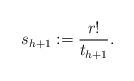
LaTeX: \begin{align*} s_{h+1}: = \frac{r!}{t_{h+1}}. \end{align*}